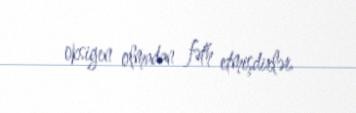
oksigen olmadan fəth etmişdirlər.